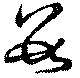
数